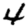
Digit: 4